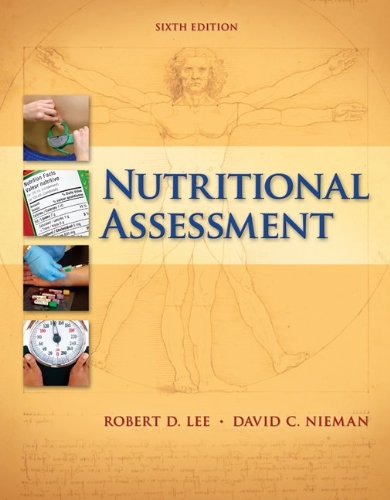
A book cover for Nutritional Assessment; Robert Lee; Medical Books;